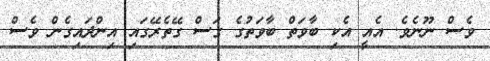
ވެސް ނޫނެވެ. އެއީ އެކި ބާވަތް ބާވަތުގެ ގަސް ގޭތެރޭގައި އިންދައިގެން ވެސް